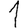
Digit: 1